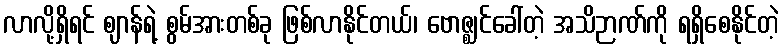
လာလို့ရှိရင် ဈာန်ရဲ့ စွမ်အားတစ်ခု ဖြစ်လာနိုင်တယ်၊ ဗောဇ္ဈင်ခေါ်တဲ့ အသိဉာဏ်ကို ရရှိစေနိုင်တဲ့